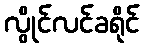
လွိုင်လင်ခရိုင်